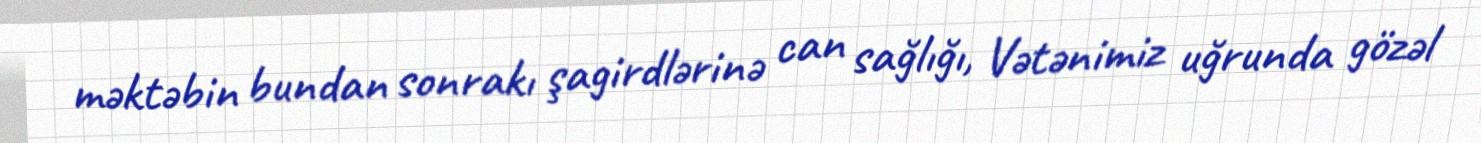
məktəbin bundan sonrakı şagirdlərinə can sağlığı, Vətənimiz uğrunda gözəl